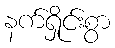
နက်ရှိုင်းစွာ